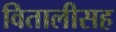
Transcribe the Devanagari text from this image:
वितालीसह